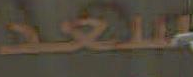
سعد